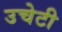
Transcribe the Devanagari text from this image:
उचेटी